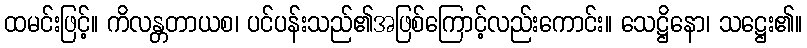
ထမင်းဖြင့်။ ကိလန္တတာယစ၊ ပင်ပန်းသည်၏အဖြစ်ကြောင့်လည်းကောင်း။ သေဋ္ဌိနော၊ သဋ္ဌေး၏။